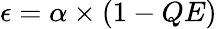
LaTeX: \epsilon=\alpha\times(1-QE)